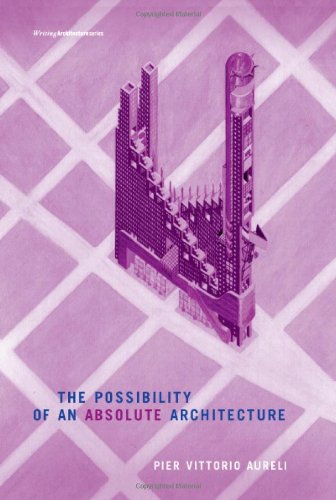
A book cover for The Possibility of an Absolute Architecture (Writing Architecture); Pier Vittorio Aureli; Arts & Photography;